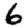
Digit: 6